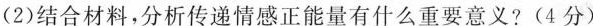
(2)结合材料，分析传递情感正能量有什么重要意义?(4分)